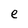
Character: e